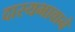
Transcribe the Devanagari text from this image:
दास्यभावाने